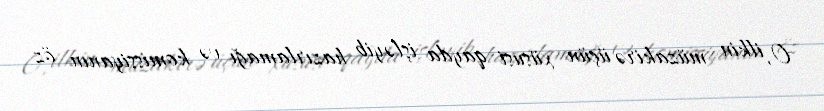
O, ilkin müzakirə üçün xüsusi qayda işləyib hazırlamağı və komissiyanın öz